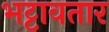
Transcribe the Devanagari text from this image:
भट्टावतार